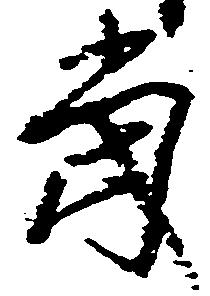
当